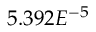
5 . 3 9 2 E ^ { - 5 }